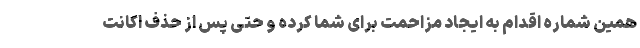
همین شماره اقدام به ایجاد مزاحمت برای شما کرده و حتی پس از حذف اکانت